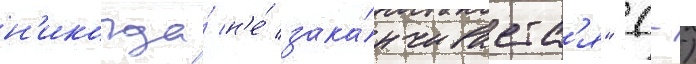
н'икогда́ н'е́ зака́нчиваетс'я" (-)